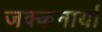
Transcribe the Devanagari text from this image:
जक्कनार्या